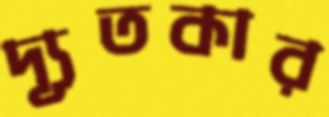
দ্যূতকার